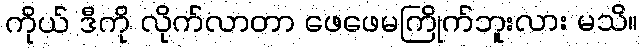
ကိုယ် ဒီကို လိုက်လာတာ ဖေဖေမကြိုက်ဘူးလား မသိ။